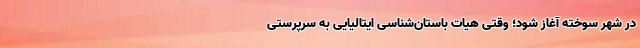
در شهر سوخته آغاز شود؛ وقتی هیات‌ باستان‌شناسی ایتالیایی به سرپرستی